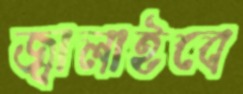
জ্বালাইবে